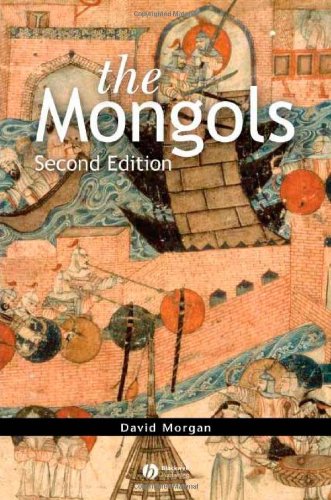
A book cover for The Mongols; David Morgan; History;